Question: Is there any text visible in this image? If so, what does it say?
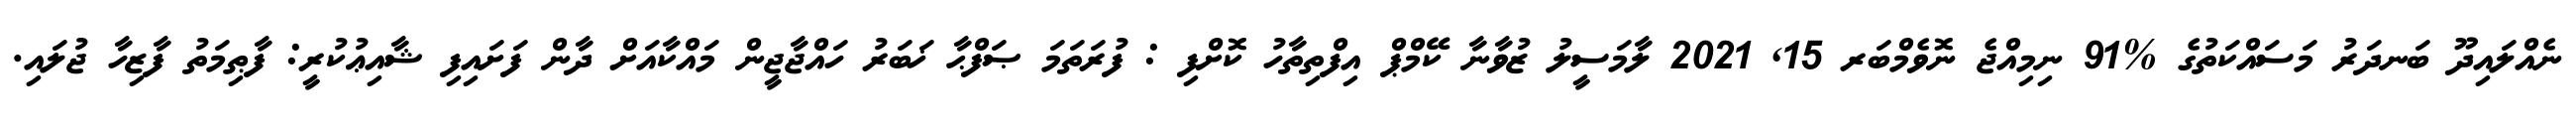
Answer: ނެއްލައިދޫ ބަނދަރު މަސައްކަތުގެ %91 ނިމިއްޖެ ނޮވެމްބަރ 15, 2021 ލާމަސީލު ޒުވާނާ ކޭމްޕް އިފްތިތާހު ކޮށްފި : ފުރަތަމަ ޞަފްޙާ ޚަބަރު ހައްޖާޖީން މައްކާއަށް ދާން ފަށައިފި ޝާއިޢުކުރީ: ފާޠިމަތު ފާޒިހާ ޖުލައި.